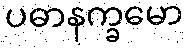
ပဓာနက္ခမော